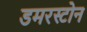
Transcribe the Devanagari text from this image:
डमरस्टोन